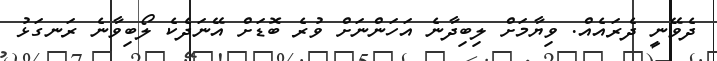
ދެވޭނީ ދެރައެއް. ވިޔާމަށް ލިބިދާނެ އަހަންނަށް ވުރެ ބޮޑަށް އޭނަދެކެ ލޯބިވާނެ ރަނގަޅު